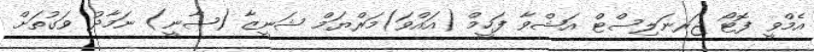
އެމްވީ ފޮޓޯ ޖަރނަލިސްޓް އަޝްވާ ފަހީމް (އައްވަ)މަރްޔަމް ޝަނީޒާ (ޝާނީ) ނަމާދު ވަގުތަށް